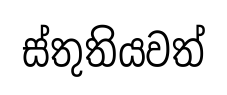
ස්තුතියවත්